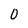
Character: 0